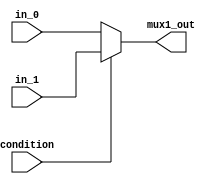
`timescale 1ns/1ns

module mux_1(

	input condition,
	input [4:0] in_0,
	input [4:0] in_1,

	output reg [4:0] mux1_out
);

always @*
begin
	if (condition)

		mux1_out <= in_1;
	else
		mux1_out <= in_0;
end

endmodule